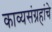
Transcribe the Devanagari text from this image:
काव्यसंग्रहांचे